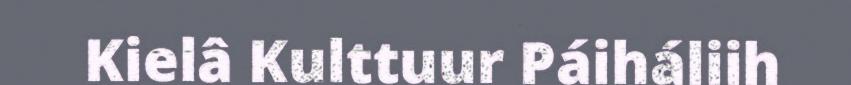
Kielâ Kulttuur Páiháliih